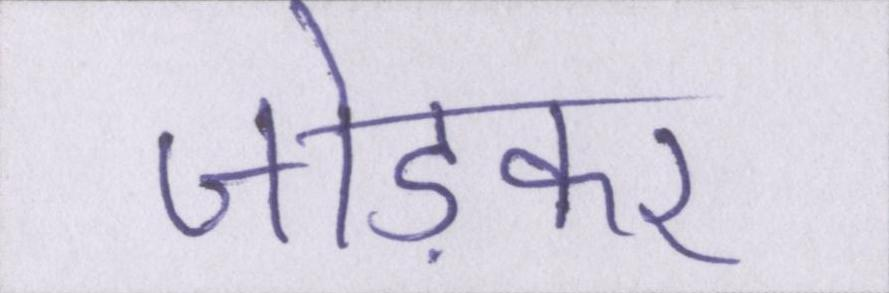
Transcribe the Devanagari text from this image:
जोड़कर